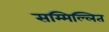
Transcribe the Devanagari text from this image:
सम्मिल्लित